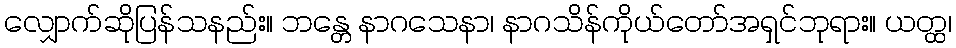
လျှောက်ဆိုပြန်သနည်း။ ဘန္တေ နာဂသေနာ၊ နာဂသိန်ကိုယ်တော်အရှင်ဘုရား။ ယတ္ထ၊